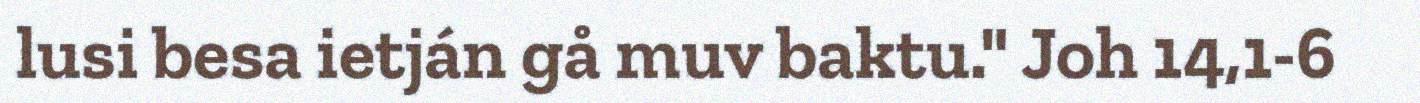
lusi besa ietján gå muv baktu." Joh 14,1-6